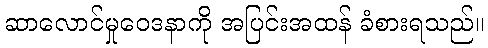
ဆာလောင်မှုဝေဒနာကို အပြင်းအထန် ခံစားရသည်။